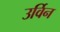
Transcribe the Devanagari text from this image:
उर्विन